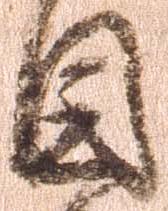
目